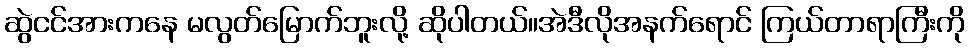
ဆွဲငင်အားကနေ မလွတ်မြောက်ဘူးလို့ ဆိုပါတယ်။အဲဒီလိုအနက်ရောင် ကြယ်တာရာကြီးကို